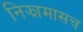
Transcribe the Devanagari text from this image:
निझामासच